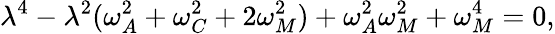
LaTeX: \lambda^{4}-\lambda^{2}(\omega_{A}^{2}+\omega_{C}^{2}+2\omega_{M}^{2})+\omega_{A}^{2}\omega_{M}^{2}+\omega_{M}^{4}=0,